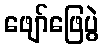
ဖျော်ဖြေပွဲ